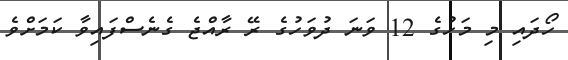
ހޯދައި މި މަހުގެ 12 ވަނަ ދުވަހުގެ ރޭ ރާއްޖެ ގެނެސްފައިވާ ކަމަށްވެ